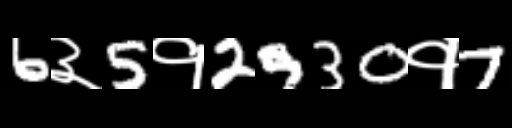
Text: 6३5१2930१7